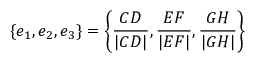
\{ e _ { 1 } , e _ { 2 } , e _ { 3 } \} = \left\{ \frac { C D } { | C D | } , \frac { E F } { | E F | } , \frac { G H } { | G H | } \right\}